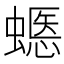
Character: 𧏽